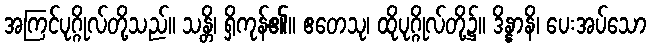
အကြင်ပုဂ္ဂိုလ်တို့သည်။ သန္တိ၊ ရှိကုန်၏။ ဧတေသု၊ ထိုပုဂ္ဂိုလ်တို့၌။ ဒိန္နာနိ၊ ပေးအပ်သော